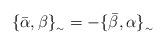
LaTeX: \begin{align*}\{\bar{\alpha },\beta \}_{_{\sim }} = -\{\bar{\beta },\alpha \}_{_{\sim }}\end{align*}